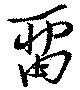
留